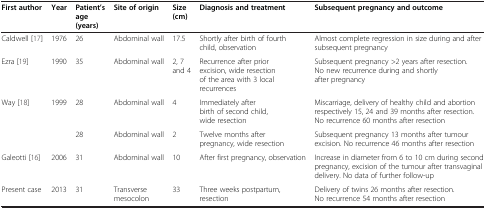
<table><thead><tr><td><b>First author</b></td><td><b>Year</b></td><td><b>Patient’s age (years)</b></td><td><b>Site of origin</b></td><td><b>Size (cm)</b></td><td><b>Diagnosis and treatment</b></td><td><b>Subsequent pregnancy and outcome</b></td></tr></thead><tbody><tr><td>Caldwell [17]</td><td>1976</td><td>26</td><td>Abdominal wall</td><td>17.5</td><td>Shortly after birth of fourth child, observation</td><td>Almost complete regression in size during and after subsequent pregnancy</td></tr><tr><td>Ezra [19]</td><td>1990</td><td>35</td><td>Abdominal wall</td><td>2, 7 and 4</td><td>Recurrence after prior excision, wide resection of the area with 3 local recurrences</td><td>Subsequent pregnancy &gt;2 years after resection. No new recurrence during and shortly after pregnancy</td></tr><tr><td>Way [18]</td><td>1999</td><td>28</td><td>Abdominal wall</td><td>4</td><td>Immediately after birth of second child, wide resection</td><td>Miscarriage, delivery of healthy child and abortion respectively 15, 24 and 39 months after resection. No recurrence 60 months after resection</td></tr><tr><td> </td><td> </td><td>28</td><td>Abdominal wall</td><td>2</td><td>Twelve months after pregnancy, wide resection</td><td>Subsequent pregnancy 13 months after tumour excision. No recurrence 46 months after resection</td></tr><tr><td>Galeotti [16]</td><td>2006</td><td>31</td><td>Abdominal wall</td><td>10</td><td>After first pregnancy, observation</td><td>Increase in diameter from 6 to 10 cm during second pregnancy, excision of the tumour after transvaginal delivery. No data of further follow-up</td></tr><tr><td>Present case</td><td>2013</td><td>31</td><td>Transverse mesocolon</td><td>33</td><td>Three weeks postpartum, resection</td><td>Delivery of twins 26 months after resection. No recurrence 54 months after resection</td></tr></tbody></table>